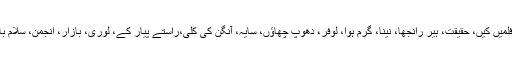
رہی بات فلموں کی تو انہوں نے گنتی کی مگر بہت اہم فلمیں کیں، حقیقت، ہیر رانجھا، نینا، گرم ہوا، لوفر، دھوپ چھاؤں، سایہ، آنگن کی کلی،راستے پیار کے، لوری، بازار، انجمن، سلام بامبے اور امراؤ جان جیسی فلمیں ان کے نام پر درج ہیں۔